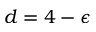
d = 4 - \epsilon